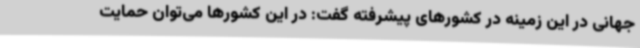
جهانی در این زمینه در کشورهای پیشرفته گفت: در این کشورها می‌توان حمایت